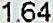
1.64